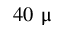
4 0 ~ \upmu